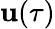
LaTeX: \mathbf{u}(\tau)